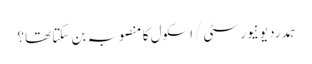
ہمدرد یونیورسٹی/اسکول کا منصوبہ بن سکتا تھا؟